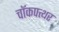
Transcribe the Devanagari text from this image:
चॉकपत्थर